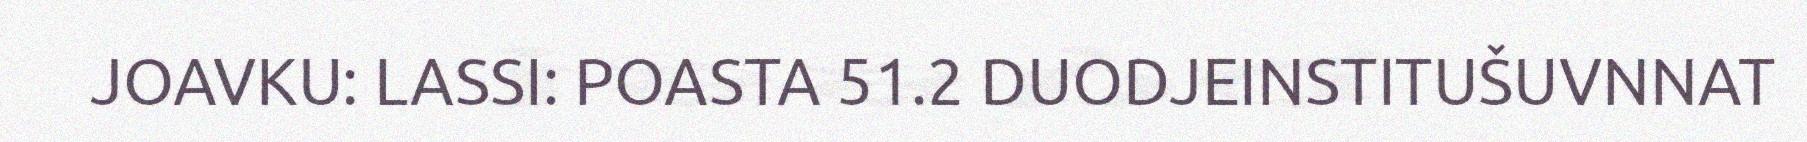
JOAVKU: LASSI: POASTA 51.2 DUODJEINSTITUŠUVNNAT